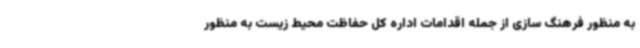
به منظور فرهنگ سازی از جمله اقدامات اداره کل حفاظت محیط زیست به منظور